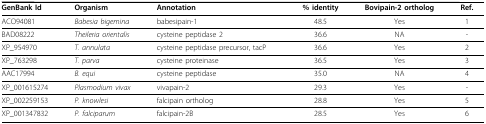
<table><thead><tr><td><b>GenBank Id</b></td><td><b>Organism</b></td><td><b>Annotation</b></td><td><b>% identity</b></td><td><b>Bovipain-2 ortholog</b></td><td><b>Ref.</b></td></tr></thead><tbody><tr><td>ACO94081</td><td><i>Babesia bigemina</i></td><td>babesipain-1</td><td>48.5</td><td>Yes</td><td>1</td></tr><tr><td>BAD08222</td><td><i>Theileria orientalis</i></td><td>cysteine peptidase 2</td><td>36.6</td><td>NA</td><td>-</td></tr><tr><td>XP_954970</td><td><i>T. annulata</i></td><td>cysteine peptidase precursor, tacP</td><td>36.6</td><td>Yes</td><td>2</td></tr><tr><td>XP_763298</td><td><i>T. parva</i></td><td>cysteine proteinase</td><td>36.5</td><td>Yes</td><td>3</td></tr><tr><td>AAC17994</td><td><i>B. equi</i></td><td>cysteine peptidase</td><td>35.0</td><td>NA</td><td>4</td></tr><tr><td>XP_001615274</td><td><i>Plasmodium vivax</i></td><td>vivapain-2</td><td>29.3</td><td>Yes</td><td>-</td></tr><tr><td>XP_002259153</td><td><i>P. knowlesi</i></td><td>falcipain ortholog</td><td>28.8</td><td>Yes</td><td>5</td></tr><tr><td>XP_001347832</td><td><i>P. falciparum</i></td><td>falcipain-2B</td><td>28.5</td><td>Yes</td><td>6</td></tr></tbody></table>